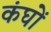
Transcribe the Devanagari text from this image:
कंघों